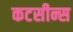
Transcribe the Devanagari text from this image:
कटसीन्स